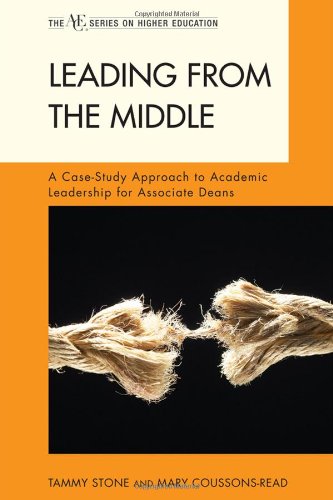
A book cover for Leading from the Middle: A Case-Study Approach to Academic Leadership for Associate and Assistant Deans (The ACE Series on Higher Education); Tammy Stone; Education & Teaching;